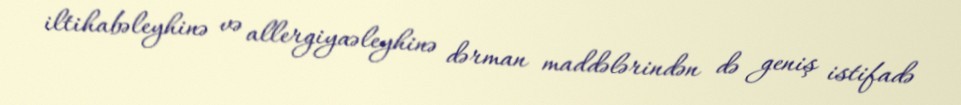
iltihabəleyhinə və allergiyaəleyhinə dərman maddələrindən də geniş istifadə